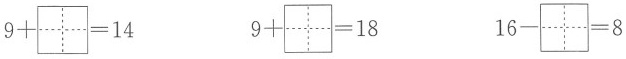
$$9+\aquare =14$$ $$9+\aquare =18$$ $$16-\aquare =8$$